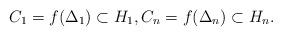
LaTeX: \begin{align*} C_1 = f(\Delta_1) \subset H_1, C_n = f(\Delta_n) \subset H_n.\end{align*}